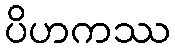
ပိဟကဿ